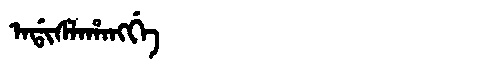
Manchu: ᠠᡩᡳᠰᠯᠠᡥᠠᠩᡤᡝ
Romanization: ADISLAHANGGE